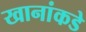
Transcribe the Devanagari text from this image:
खानांकडे